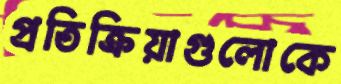
প্রতিক্রিয়াগুলোকে